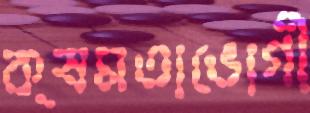
ক্ষমতাভোগী